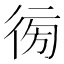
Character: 𢔚